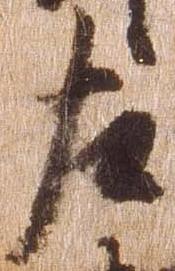
左